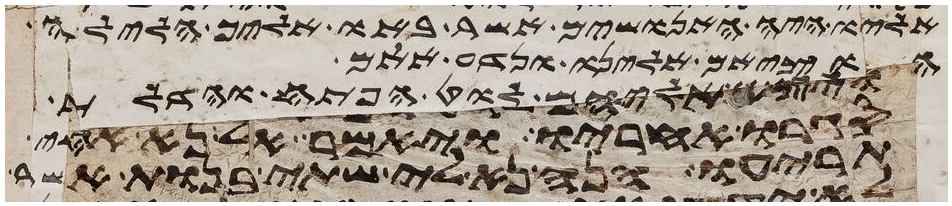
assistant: אליו איה האנושים אשר באו אליך הלילה
הוציאם אלינו ונדע אתם
ויצא אליהם לוט הפתח והדלת
סגרו אחריו ויאמר אל נא אחי
תריעו הנה נא לי שתי בנות אשר